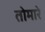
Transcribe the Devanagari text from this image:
तोमारे